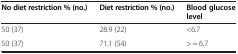
<table><thead><tr><td><b>No diet restriction % (no.)</b></td><td><b>Diet restriction % (no.)</b></td><td><b>Blood glucose level</b></td></tr></thead><tbody><tr><td>50 (37)</td><td>28.9 (22)</td><td>&lt;6.7</td></tr><tr><td>50 (37)</td><td>71.1 (54)</td><td>&gt; = 6.7</td></tr></tbody></table>